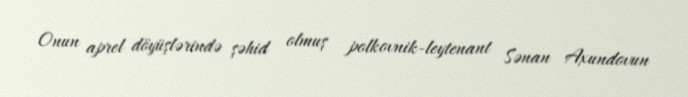
Onun aprel döyüşlərində şəhid olmuş polkovnik-leytenant Sənan Axundovun